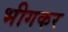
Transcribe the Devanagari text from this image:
भीगकर